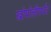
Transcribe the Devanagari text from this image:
खोपोलीपर्यंत